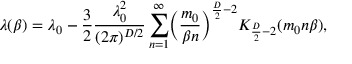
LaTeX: \lambda ( \beta ) = \lambda _ { 0 } - \frac { 3 } { 2 } \frac { \lambda _ { 0 } ^ { 2 } } { ( 2 \pi ) ^ { D / 2 } } \sum _ { n = 1 } ^ { \infty } \biggl ( \frac { m _ { 0 } } { \beta n } \biggr ) ^ { \frac { D } { 2 } - 2 } K _ { \frac { D } { 2 } - 2 } ( m _ { 0 } n \beta ) ,